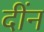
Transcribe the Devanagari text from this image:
दींन